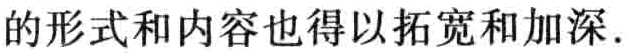
的形式和内容也得以拓宽和加深.